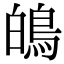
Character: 䳆